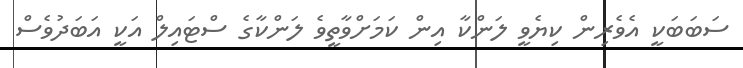
ސަބަބަކީ އެވެރިން ކިޔެވީ ލަންކާ އިން ކަމަށްވާތީވެ ލަންކާގެ ސްޓައިލް އަކީ އަބަދުވެސް